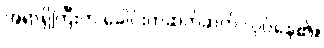
အရာရှိကြီးက ခေါင်းတဆတ်ဆတ် လုပ်နေ၏။